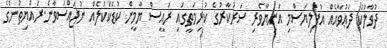
ދުވާލަކު ދަޢުވާއެއް އުފުލިޔަސްމި އަނިޔާވެރި ސަރުކާރުގެ ކުރިމަތީގައި ރައީސް ޔާމީން ކުޑަކަކުލެއް ނުޖައްސަވާނެ.ރައްޔިތުންގެ